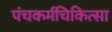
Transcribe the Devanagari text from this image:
पंचकर्मचिकित्सा